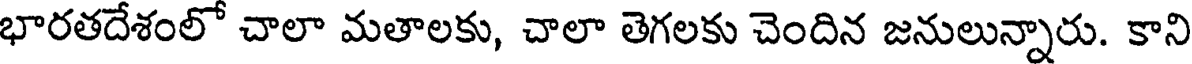
భారతదేశంలో చాలా మతాలకు, చాలా తెగలకు చెందిన జనులున్నారు. కాని